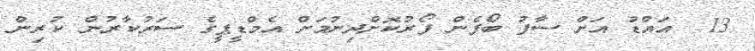
13  އައްޑު އަށް ސާފު ބޯފެން ފޯރުކޮށްދިނުމަށް އެމްޑީޕީގެ ސަރުކާރުން ކުރިން